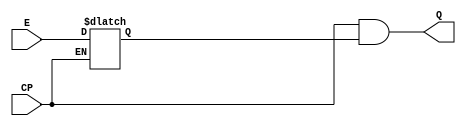

module ICG (
    CP,
    E,
    Q 
);

/* This is only a model for integrated clock gating (ICG) cell.
   Please replace this with the ICG cell provided by the
   standard cell library that you use. */

input CP; // clock
input E;  // enable
output Q; // gated clock

reg E_latch;

always @(CP or E)
    if (~CP)
        E_latch <= E;

assign Q = CP & E_latch;

endmodule